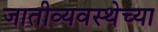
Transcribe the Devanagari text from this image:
जातीव्यवस्थेच्या